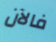
فالآن